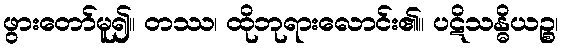
ဖွားတော်မူ၍။ တဿ၊ ထိုဘုရားလောင်း၏။ ပဋိသန္ဓိယဉ္စ၊